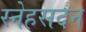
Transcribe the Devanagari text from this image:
स्नेहसदन